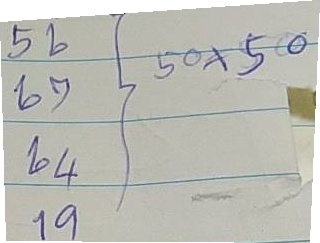
56 = 50 x 50
67 = 50 x 50
64 = 50 x 50
19 = 50 x 50